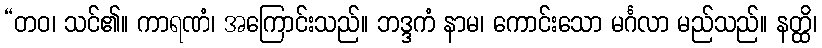
“တဝ၊ သင်၏။ ကာရဏံ၊ အကြောင်းသည်။ ဘဒ္ဒကံ နာမ၊ ကောင်းသော မင်္ဂလာ မည်သည်။ နတ္ထိ၊